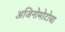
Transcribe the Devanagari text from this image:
अजिनोमोटोचा